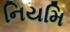
નિયમિ